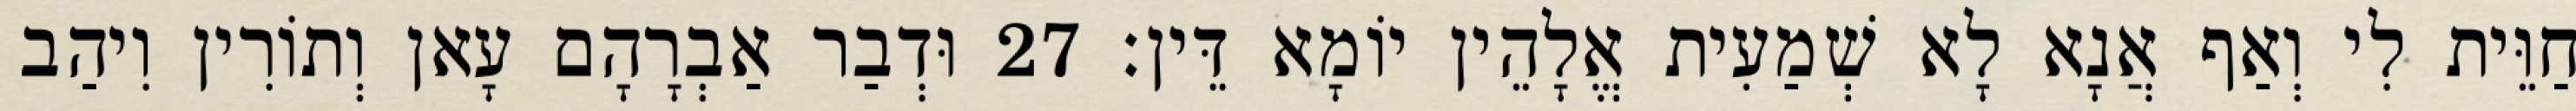
חַוֵּית לִי וְאַף אֲנָא לָא שְׁמַעִית אֱלָהֵין יוֹמָא דֵּין׃ 27 וּדְבַר אַבְרָהָם עָאן וְתוֹרִין וִיהַב